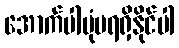
အောက်ပါပုံမရရှိနိုင်ပါ